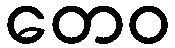
တေဝ